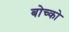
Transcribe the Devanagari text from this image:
बोच्को